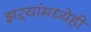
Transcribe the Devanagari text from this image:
झऱ्यांमध्येही